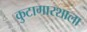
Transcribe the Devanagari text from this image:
कुटागारशाला